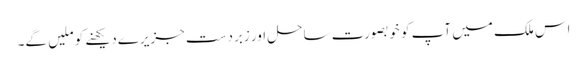
اس ملک میں آپ کو خوبصورت ساحل اور زبردست جزیرے دیکھنے کو ملیں گے۔